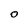
Character: O